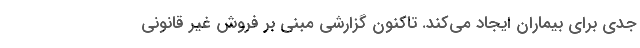
جدی برای بیماران ایجاد می‌کند. تاکنون گزارشی مبنی بر فروش غیر قانونی